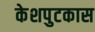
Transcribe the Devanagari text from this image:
केशपुटकास